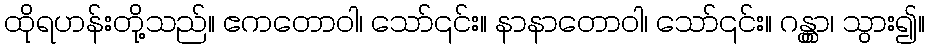
ထိုရဟန်းတို့သည်။ ဧကတောဝါ၊ သော်၎င်း။ နာနာတောဝါ၊ သော်၎င်း။ ဂန္တွာ၊ သွား၍။